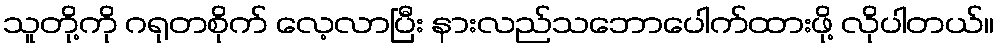
သူတို့ကို ဂရုတစိုက် လေ့လာပြီး နားလည်သဘောပေါက်ထားဖို့ လိုပါတယ်။